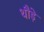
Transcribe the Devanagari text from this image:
थौड़े